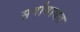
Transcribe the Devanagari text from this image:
सर्वांबाबत